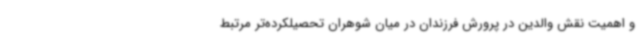
و اهمیت نقش والدین در پرورش فرزندان در میان شوهران تحصیلکرده‌تر مرتبط